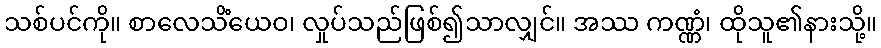
သစ်ပင်ကို။ စာလေသိံယေဝ၊ လှုပ်သည်ဖြစ်၍သာလျှင်။ အဿ ကဏ္ဏံ၊ ထိုသူ၏နားသို့။